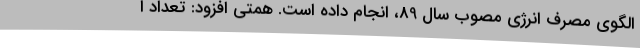
الگوی مصرف انرژی مصوب سال 89، انجام داده است. همتی افزود: تعداد ا